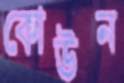
কোউন